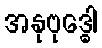
အနုဗုဒ္ဓေါ